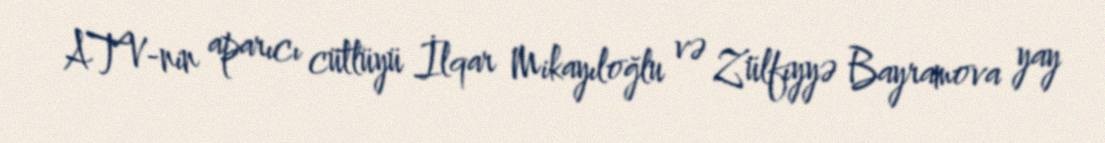
ATV-nin aparıcı cütlüyü İlqar Mikayıloğlu və Zülfiyyə Bayramova yay